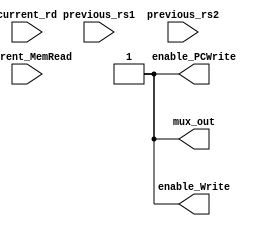
`timescale 1ns / 1ps
//////////////////////////////////////////////////////////////////////////////////
// Company: 
// Engineer: 
// 
// Design Name: 
// Module Name: Hazard_Detection
// Project Name: 
// Target Devices: 
// Tool Versions: 
// Description: 
// 
// Dependencies: 
// 
// Revision:
// Revision 0.01 - File Created
// Additional Comments:
// 
//////////////////////////////////////////////////////////////////////////////////


module Hazard_Detection
(
    input [4:0] current_rd, previous_rs1, previous_rs2,
    input current_MemRead,
    output reg mux_out,
    output reg enable_Write, enable_PCWrite
);
initial begin
    if (current_MemRead && (current_rd == previous_rs1 || current_rd == previous_rs2)) begin
        // Hazard detected: Set control signals accordingly
        mux_out = 1;             // Disable the multiplexer output
        enable_Write = 1;       // Disable write to the next pipeline stage
        enable_PCWrite = 1;    // Disable PC write
    end else begin
        // No hazard detected: Set control signals accordingly
        mux_out = 1;             // Enable the multiplexer output
        enable_Write = 1;       // Enable write to the next pipeline stage
        enable_PCWrite = 1;    // Enable PC write
    end
end

endmodule